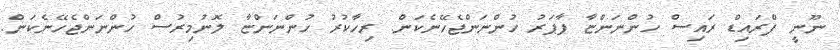
ނޫނީ ފްރައިޑް ރައިސް ހުންނަންޏާ ޕާޕަރު ހުންނަންޖެހޭނެކަން. ރިހާކުރު ހުންނަންޏާ ލޮނުމިރުސް ހުންނަންޖެހޭނެކަން.